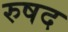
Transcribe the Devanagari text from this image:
रुषद